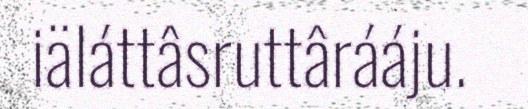
iäláttâsruttârááju.